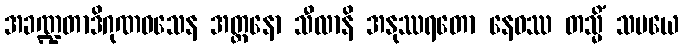
အခဏ္ဍတာဒိဂုဏဝသေန အတ္တနော သီလာနိ အနုဿရတော နေဝဿ တသ္မိံ သမယေ